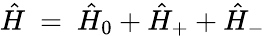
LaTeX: \hat{H}~=~\hat{H}_{0}+\hat{H}_{+}+\hat{H}_{-}